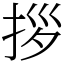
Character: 拶